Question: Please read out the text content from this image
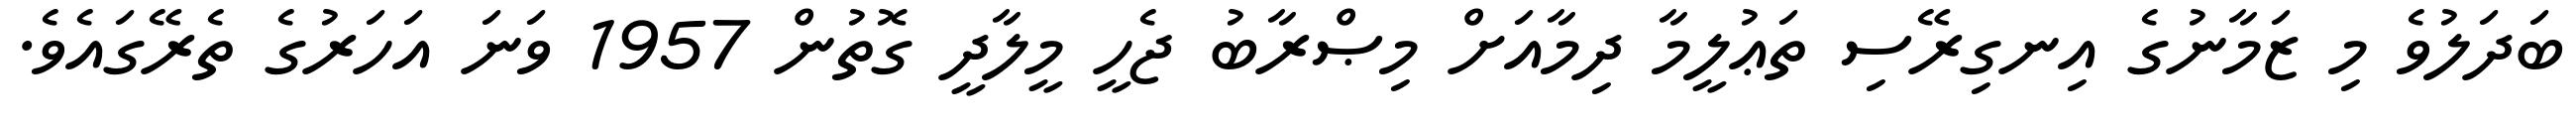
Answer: ބަދަލުވެ މި ޒަމާނުގެ އިނގިރޭސި ތަޢުލީމާ ދިމާއަށް މިޞްރާބު ޖެހީ މީލާދީ ގޮތުން 1957 ވަނަ އަހަރުގެ ތެރޭގައެވެ.